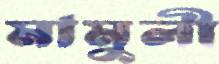
মামুলী